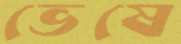
ভেষে